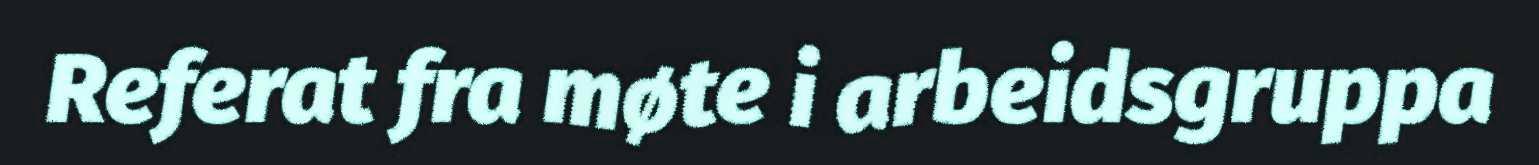
Referat fra møte i arbeidsgruppa